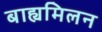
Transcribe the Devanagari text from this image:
बाह्यमिलन